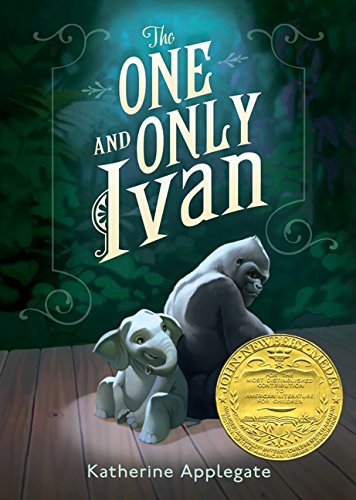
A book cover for The One and Only Ivan; Katherine Applegate; Children's Books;